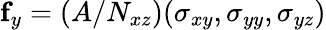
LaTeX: \mathbf{f}_{y}=({A}/{N_{xz}})(\sigma_{xy},\sigma_{yy},\sigma_{yz})